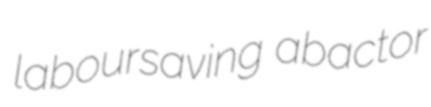
laboursaving abactor